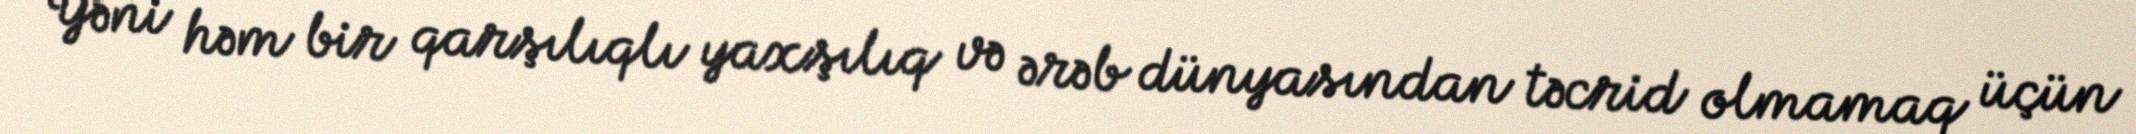
Yəni həm bir qarşılıqlı yaxşılıq və ərəb dünyasından təcrid olmamaq üçün